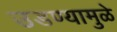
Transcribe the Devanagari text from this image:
उडण्यामुळे